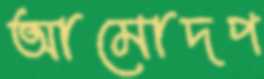
আমোদপ